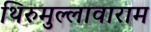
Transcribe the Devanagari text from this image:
थिरुमुल्लावाराम